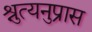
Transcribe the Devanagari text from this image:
श्रुत्यनुप्रास